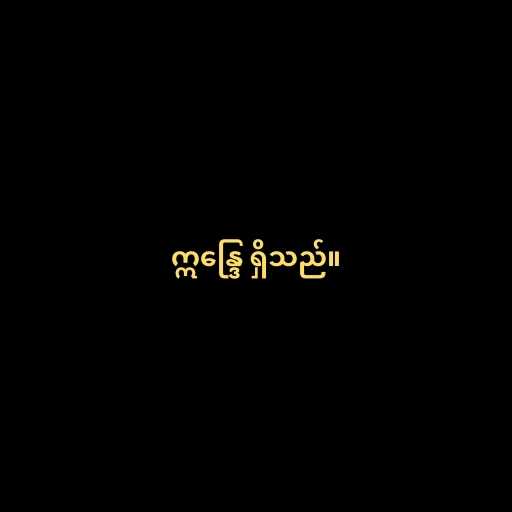
ဣန္ဒြေ ရှိသည်။